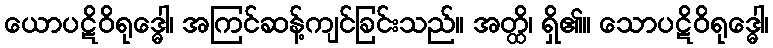
ယောပဋိဝိရုဒ္ဓေါ၊ အကြင်ဆန့်ကျင်ခြင်းသည်။ အတ္ထိ၊ ရှိ၏။ သောပဋိဝိရုဒ္ဓေါ၊